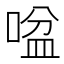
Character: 㖹